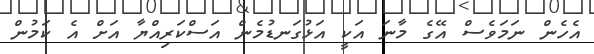
އެހެން ނަމަވެސް އޭގެ މާނަ އަކީ އަޅުގަނޑުމެން އަސްކަރިއްޔާ އަށް އެ ކަމުން